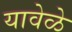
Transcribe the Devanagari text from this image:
यावेळे